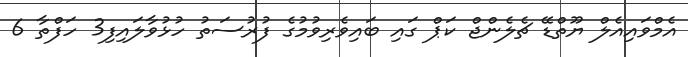
އެމްވައިއެލް ޔޫތްޑޭ ޗެލެންޖް ކަޕް ގައި ބައިވެރިވުމުގެ ފުރުސަތު ހުޅުވާލައިފި3 ހަފްތާ 6